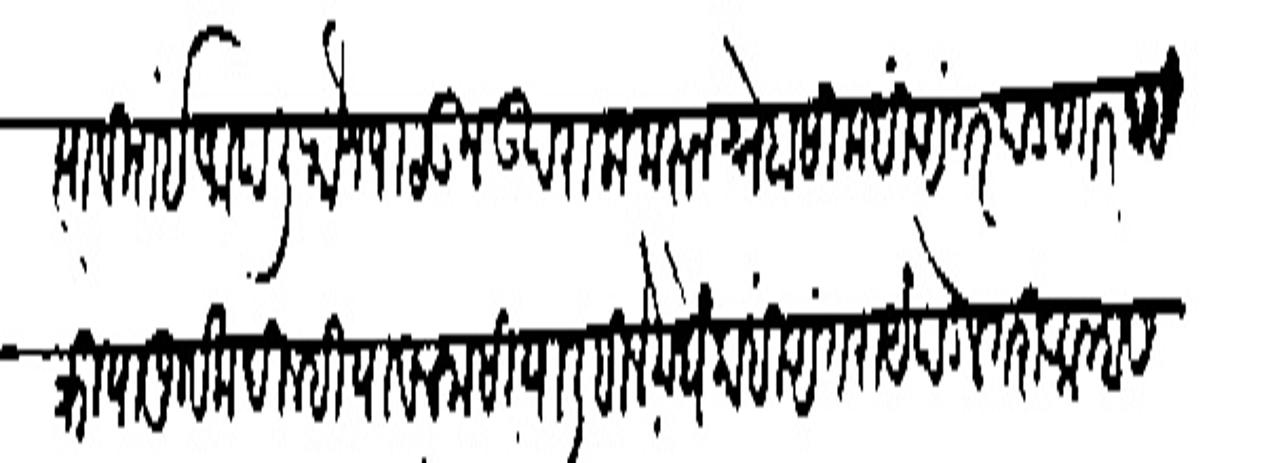
Transliteration (Devanagari): स्याबिशंई आपली फौज पाठऊन उपराला करून स्नेहासी कर्धी अंतर पडणार नाही
क्रियापूर्वक दिल्हीया बचनासी या लिहिलेमघे कांही अंतराये पडेल तरी आम्हास